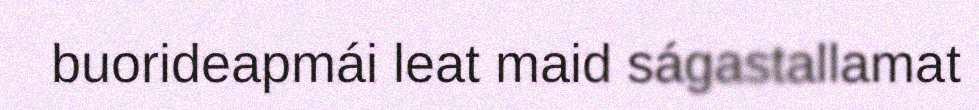
buorideapmái leat maid ságastallamat